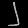
Digit: ၂